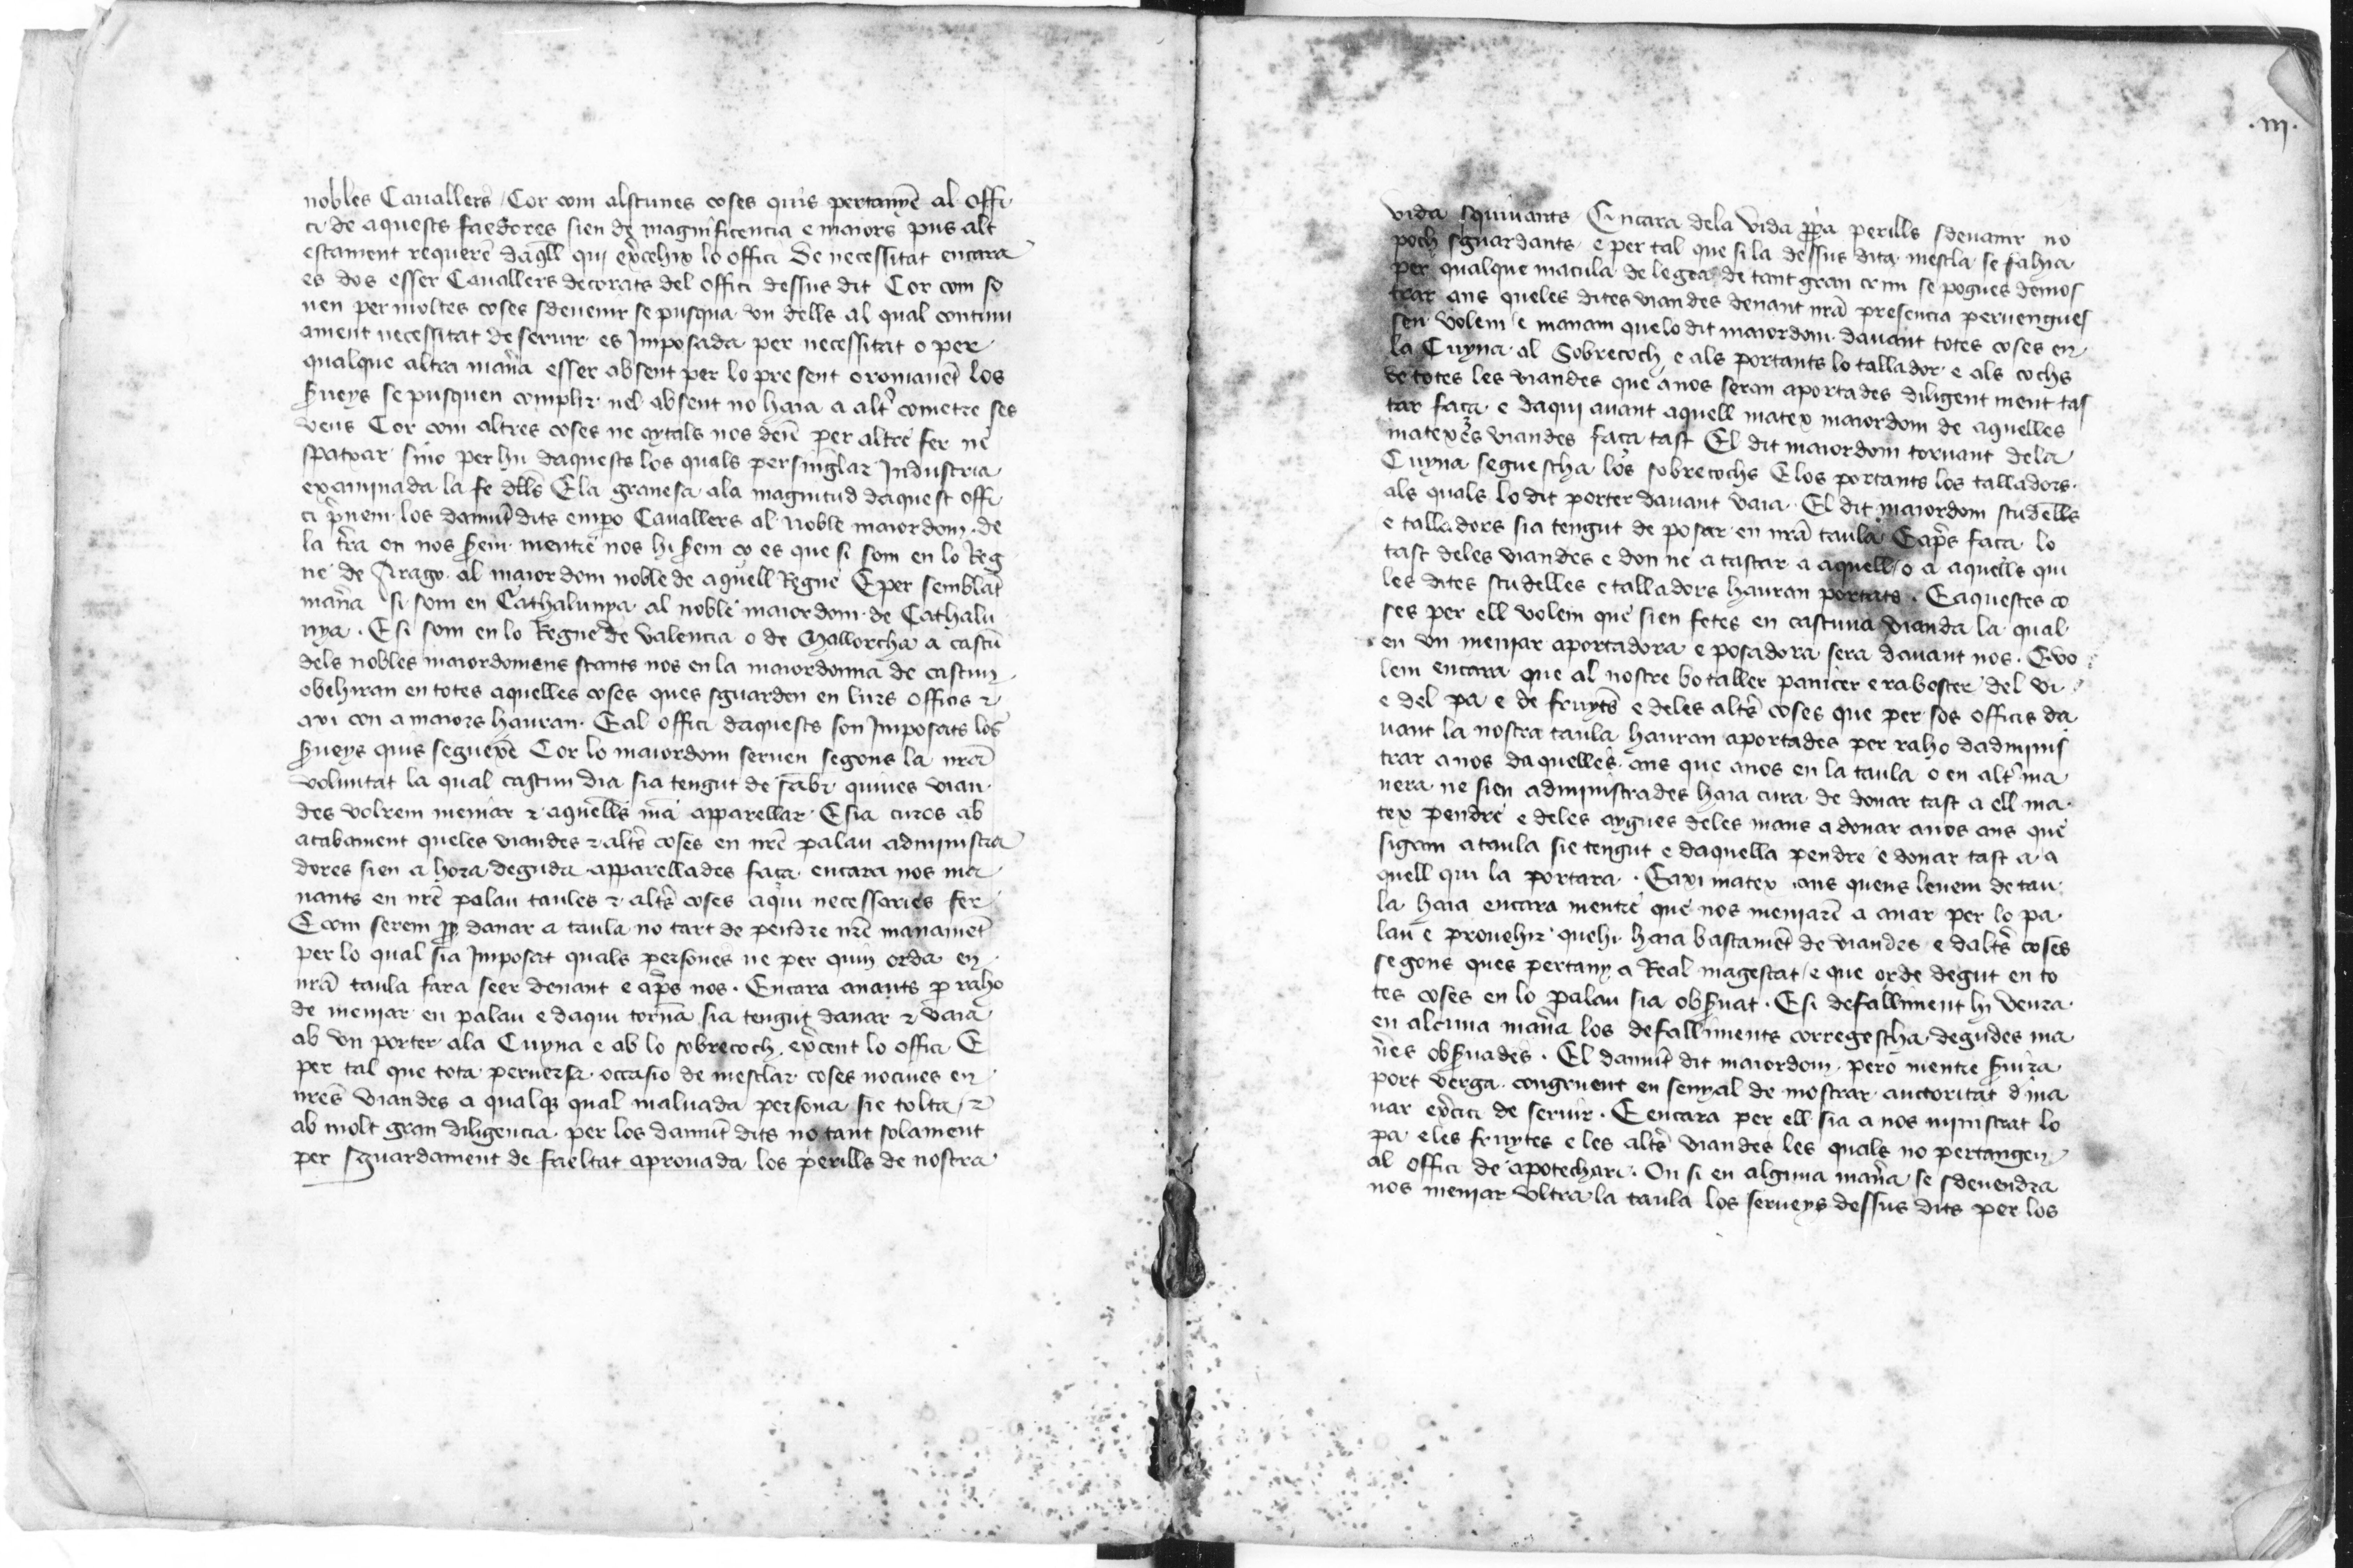
Shelfmark: Paris, BnF, esp. 98
Century: 15